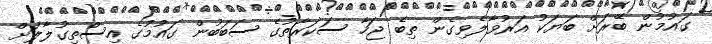
ގައުމުން ބޭރަށް ބަޔަކު އަރުވާލެވިގެން ތިބެ ޖަހާ ސަކަރާތުގެ ސަބަބުން ގައުމުގެ އިސްތިގުލާލަށް